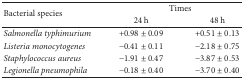
| <ROWSPAN=2> Bacterial species | <COLSPAN=2> Times |
 | 24 h | 48 h |
 | --- | --- | --- |
 | Salmonella typhimurium | +0.98 ± 0.09 | +0.51 ± 0.13 |
 | Listeria monocytogenes | −0.41 ± 0.11 | −2.18 ± 0.75 |
 | Staphylococcus aureus | −1.91 ± 0.47 | −3.87 ± 0.53 |
 | Legionella pneumophila | −0.18 ± 0.40 | −3.70 ± 0.40 |